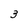
Character: 3